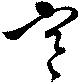
寒